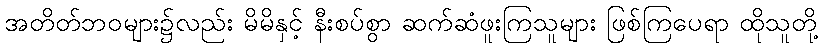
အတိတ်ဘဝများ၌လည်း မိမိနှင့် နီးစပ်စွာ ဆက်ဆံဖူးကြသူများ ဖြစ်ကြပေရာ ထိုသူတို့